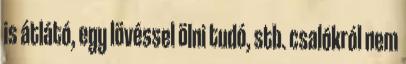
is átlátó, egy lövéssel ölni tudó, stb. csalókról nem